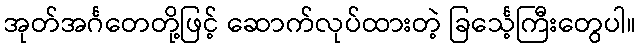
အုတ်အင်္ဂတေတို့ဖြင့် ဆောက်လုပ်ထားတဲ့ ခြင်္သေ့ကြီးတွေပါ။